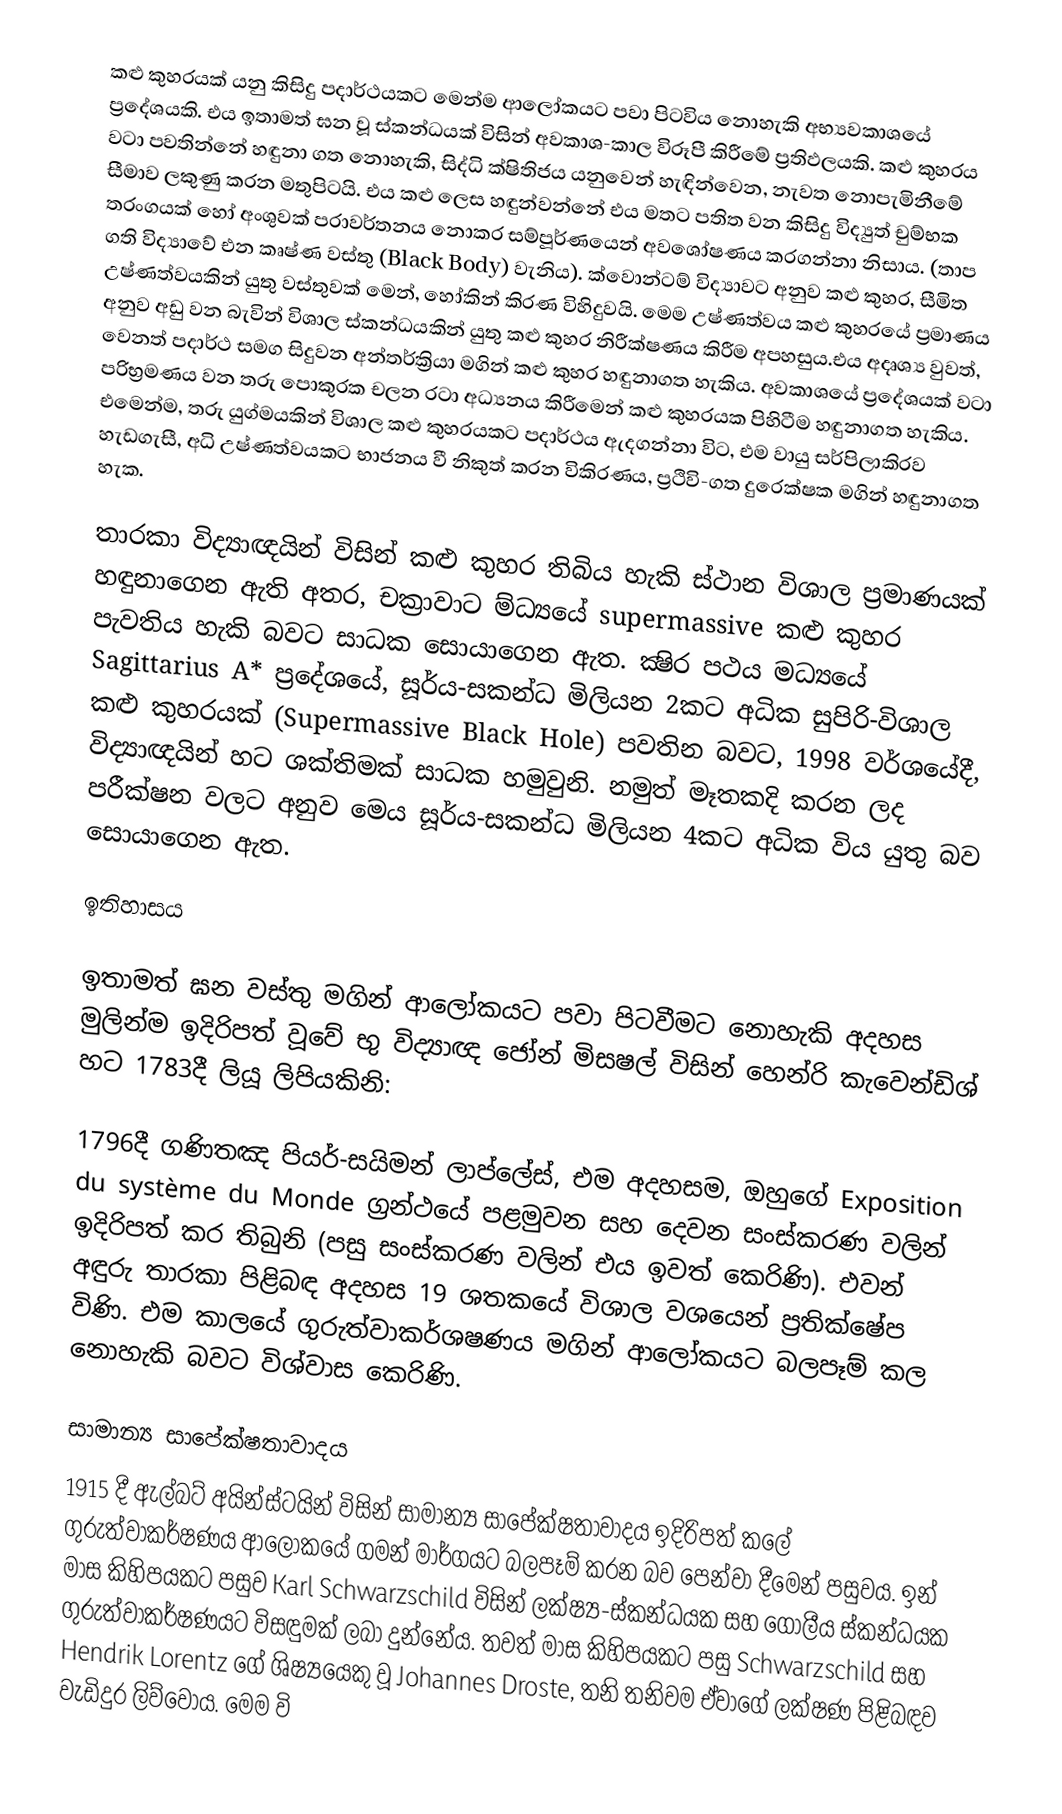
කළු කුහරයක් යනු කිසිදු පදාර්ථයකට මෙන්ම ආලෝකයට පවා පිටවිය නොහැකි අභ්‍යවකාශයේ ප්‍රදේශයකි. එය ඉතාමත් ඝන වූ ස්කන්ධයක් විසින් අවකාශ-කාල විරූපී කිරීමේ ප්‍රතිඵලයකි. කළු කුහරය වටා පවතින්නේ හඳුනා ගත නොහැකි, සිද්ධි ක්ෂිතිජය යනුවෙන් හැඳින්වෙන, නැවත නොපැමිනී‍මේ සීමාව ලකුණු කරන මතුපිටයි. එය කළු ලෙස හඳුන්වන්නේ එය මතට පතිත වන කිසිදු විද්‍යුත් චුම්භක තරංගයක් හෝ අංශුවක්  පරාවර්තනය නොකර සම්පූර්ණයෙන් අවශෝෂණය කරගන්නා නිසාය. (තාප ගති විද්‍යාවේ එන කෘෂ්ණ වස්තු (Black Body) වැනිය). ක්වොන්ටම් විද්‍යාවට  අනුව කළු කුහර, සීමිත උෂ්ණත්වයකින් යුතු වස්තුවක් මෙන්, හෝකින් කිරණ විහිදුවයි. මෙම උෂ්ණත්වය කළු කුහරයේ ප්‍රමාණය අනුව අඩු වන බැවින් විශාල ස්කන්ධයකින් යුතු කළු කුහර නිරීක්ෂණය කිරීම අපහසුය.එය අදෘශ්‍ය වුවත්, වෙනත් පදාර්ථ සමග සිදුවන අන්තර්ක්‍රියා මගින් කළු කුහර හඳුනාගත හැකිය. අවකාශයේ ප්‍රදේශයක් වටා පරිභ්‍රමණය වන තරු පොකුරක චලන රටා අධ්‍යනය කිරීමෙන් කළු කුහරයක පිහිටීම හඳුනාගත හැකිය. එමෙන්ම, තරු යුග්මයකින් විශාල කළු කුහරයකට පදාර්ථය ඇදගන්නා විට, එම වායු සර්පිලාකිරව හැඩගැසී, අධි උෂ්ණත්වයකට භාජනය වී නිකුත් කරන විකිරණය, ප්‍රථිවි-ගත දුරෙක්ෂක මගින් හඳුනාගත හැක.

තාරකා විද්‍යාඥයින් විසින් කළු කුහර තිබිය හැකි ස්ථාන විශාල ප්‍රමාණයක් හඳුනාගෙන ඇති අතර, චක්‍රාවාට ම්‍ධ්‍යයේ supermassive කළු කුහර පැවතිය හැකි බවට සාධක සොයාගෙන ඇත. ක්‍ෂිර පථය මධ්‍යයේ Sagittarius A* ප්‍රදේශ‍යේ, සූර්ය-සකන්ධ මිලියන 2කට අධික  සුපිරි-විශාල කළු කුහරයක් (Supermassive Black Hole) පවතින බවට, 1998 වර්ශයේදී, විද්‍යාඥයින් හට ශක්තිමක් සාධක හමුවුනි. නමුත් මෑතකදි කරන ලද පරීක්ෂන වලට අනුව මෙය සූර්ය-සකන්ධ මිලියන 4කට අධික විය යුතු බව සොයාගෙන ඇත.

ඉතිහාසය

ඉතාමත් ඝන වස්තු මගින් ආලෝකයට පවා පිටවීමට නොහැකි අදහස මුලින්ම ඉදිරිපත් වූවේ භු විද්‍යාඥ ජෝන් මිසෂල් විසින් හෙන්රි කැවෙන්ඩිශ් හට 1783දී ලියූ ලිපියකිනි:

 1796දී ගණිතඤ පියර්-සයිමන් ලා‍ප්ලේස්, එම අදහසම, ඔහුගේ Exposition du système du Monde ග්‍රන්ථයේ පළමුවන සහ දෙවන සංස්කරණ වලින් ඉදිරිපත් කර තිබුනි (පසු සංස්කරණ වලින් එය ඉවත් කෙරිණි).  එවන් අඳුරු තාරකා පිළිබඳ අදහස 19 ශතකයේ විශාල වශයෙන් ප්‍රතික්ෂේප විණි. එම කාලයේ ගුරුත්වාකර්ශෂණය මගින් ආලෝකයට බලපෑම් කල නොහැකි බවට විශ්වාස කෙරිණි.

සාමාන්‍ය සාපේක්ෂතාවාදය
1915 දී ඇල්බට් අයින්ස්ටයින් විසින් සාමාන්‍ය සාපේක්ෂතාවාදය ඉදිරිපත් ‍කලේ ගුරුත්වාකර්ෂණය ආලෝකයේ ගමන් මාර්ගයට බලපෑම් කරන බව පෙන්වා දීමෙන් පසුවය. ඉන් මාස කිහිපයකට පසුව  Karl Schwarzschild විසින් ලක්ෂ්‍ය-ස්කන්ධයක සහ ගොලීය ස්කන්ධයක ගුරුත්වාකර්ෂණයට විසඳුමක් ලබා දුන්නේය. තවත් මාස කිහිපයකට පසු Schwarzschild සහ Hendrik Lorentz ගේ ශිෂ්‍යයෙකු වූ Johannes Droste, තනි තනිවම ඒවාගේ ලක්ෂණ පිළිබඳව වැඩිදුර ලිව්වෝය. මෙම වි